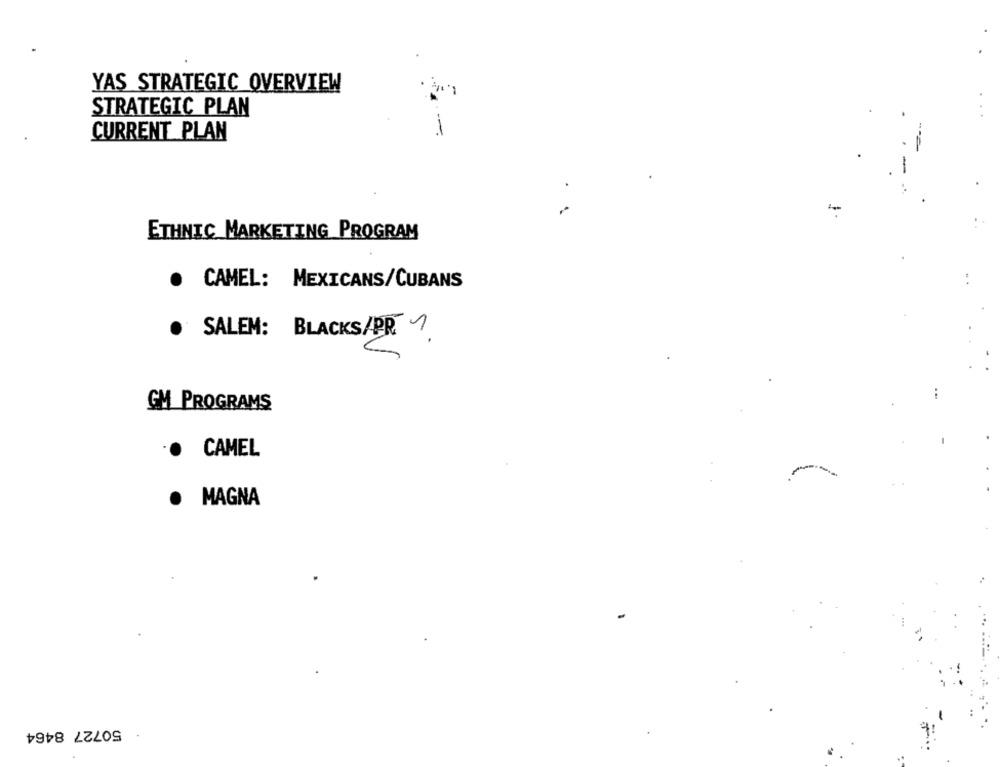
YAS STRATEGIC OVERVIEW
STRATEGIC PLAN
-
CURRENT PLAN
ETHNIC MARKETING PROGRAM
.
CAMEL: MEXICANS/CUBANS
SALEM: BLACKS/PR1.
GM PROGRAMS
CAMEL
..
.
MAGNA
50727 8464